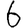
Digit: 6